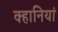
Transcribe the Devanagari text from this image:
क्हानियां